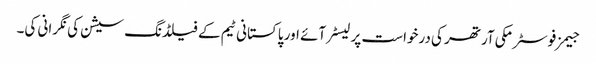
جیمز فوسٹر مکی آرتھر کی درخواست پر لیسٹر آئے اور پاکستانی ٹیم کے فیلڈنگ سیشن کی نگرانی کی۔